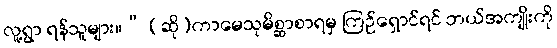
လူ့ရွာ ရန်သူများ။” (ဆို)ကာမေသုမိစ္ဆာစာရမှ ကြဉ်ရှောင်ရင် ဘယ်အကျိုးကို